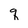
Character: q